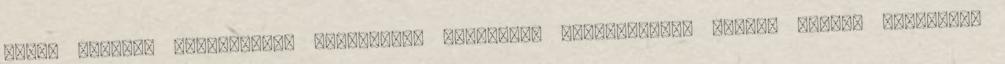
szint alapján Szobafestő, Szakmunka, országos, határozatlan idejű, teljes munkaidős